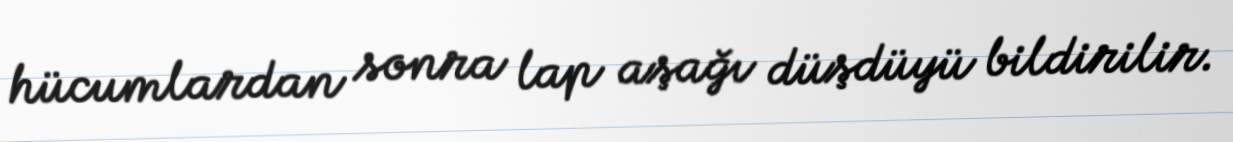
hücumlardan sonra lap aşağı düşdüyü bildirilir.